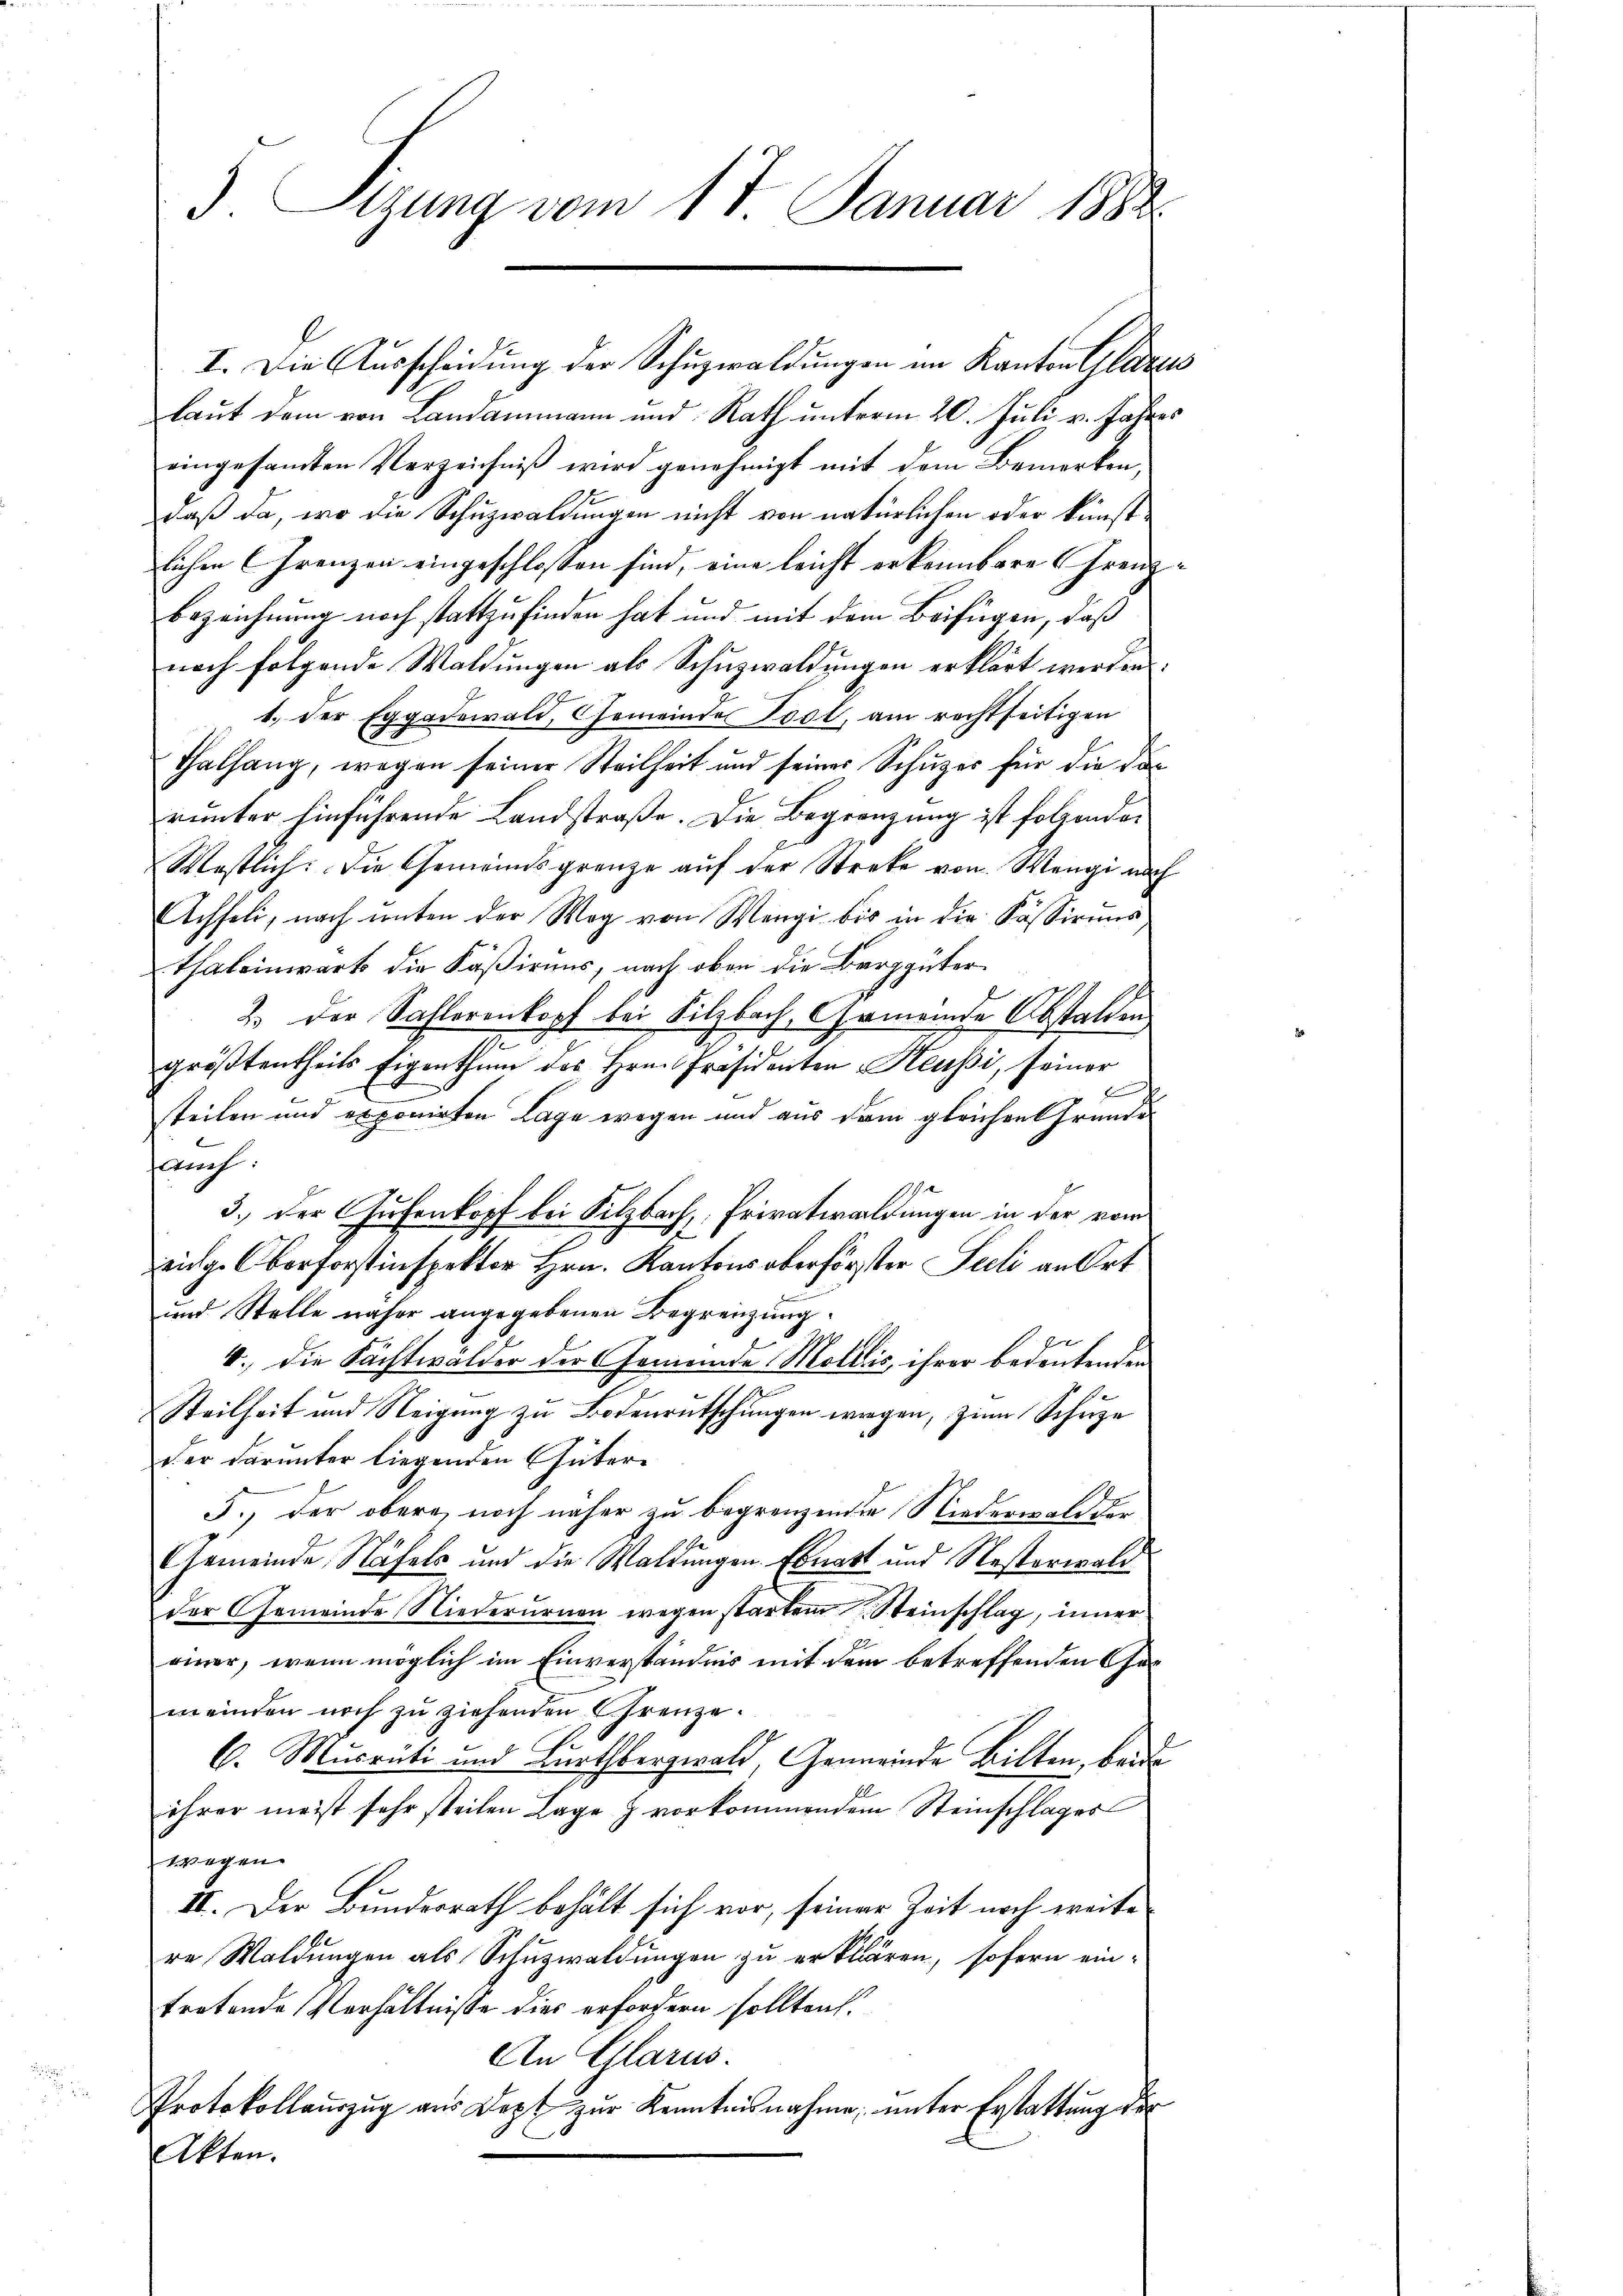
3. Sitzung vom 17. Januar 1832.

I. Die Aŭsscheidŭng der Schŭzwaldungen im Kanton Glarus
laut dem von Landammann und Rath unterm 20. Juli v. Jahres
eingesamten Verzeichniß wird genehmigt mit dem Bemerken
daß da, wo die Schuzwaldungen nicht von natürlichen oder kunstlichen Grenzen eingeschlossen sind, eine leicht erkennbare Grenz-
Bezeichnung noch stattzufinden hat und mit dem Beifügen, daß
nach folgende Waldungen als Schuzwaldungen erklärt werden:
1.) Der Eggadewald, Gemeinde Pool, am rechtseitigen
Thalhang, wegen seiner Steilheit und seiner Schüzes für die darunter hinführende Landstraße. Die Begrenzung ist folgenden
Westlich: Die Gemeindsgrenze auf der Streke von Wengi nach
Achseli, nach ŭnten der Weg von Wengi bis in die Passirens
Thaleinwart die Käßirung, nach oben die Barggüter
2.) Der Sahlorenkopf bei Silzbach, Gemeinde Abstalden
größtentheils Eigenthŭm des Hrn. Präsidenten Heußi, seiner
F
steilen und exponirten Lage wegen und aus dem gleichen Gründe
sch.
3.) Der Gusenkopf bei Silzbach, Privatwaldungen in der vom
eidg. Oberforstinspektor Hrn. Kantons aberförster Seeli an Ort
und Stelle näher angegebenen Begrenzung.
x
4., die Sachtwälder der Gemeinde Mollis, ihrer bedeutenden
Steilheit und Neigung zu Bodenrutschungen wegen, zum Schuze
der darunter liegenden Güter¬
5., der obere noch näher zu begrenzenden Niederwald der
Gemeinde Näfels und die Waldungen Ebnatt und Nesterwald
der Gemeinde Niederurnen wegen starkem Steinschlag, inner
einer, wenn möglich im Einverständnis mit dem betreffenden Gemeinden noch zu ziehenden Grenze.
6. Mucrüti und Burchbergwald, Gemeinde Bilten, beid
ihrer meist sehr steilen Lage & vorkommendem Steinschlages
wegen
II. Der Bundesrath behält sich vor, seiner Zeit noch weite
re Waldungen als Schuzwaldungen zu erklären, sofern eintretende Verhältnisse dies erfordern sollten.
An Glarus.
Protokollauszug aus Dept zur Kenntnisnahme, unter Erstattung der
Akten.